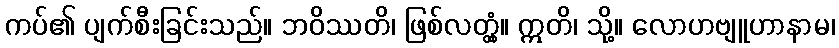
ကပ်၏ ပျက်စီးခြင်းသည်။ ဘဝိဿတိ၊ ဖြစ်လတ္တံ့။ ဣတိ၊ သို့။ လောဟဗျူဟာနာမ၊